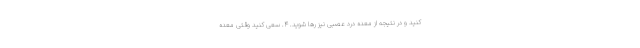
کنید و در نتیجه از معده درد عصبی نیز رها شوید. ۴. سعی کنید وقتی معده